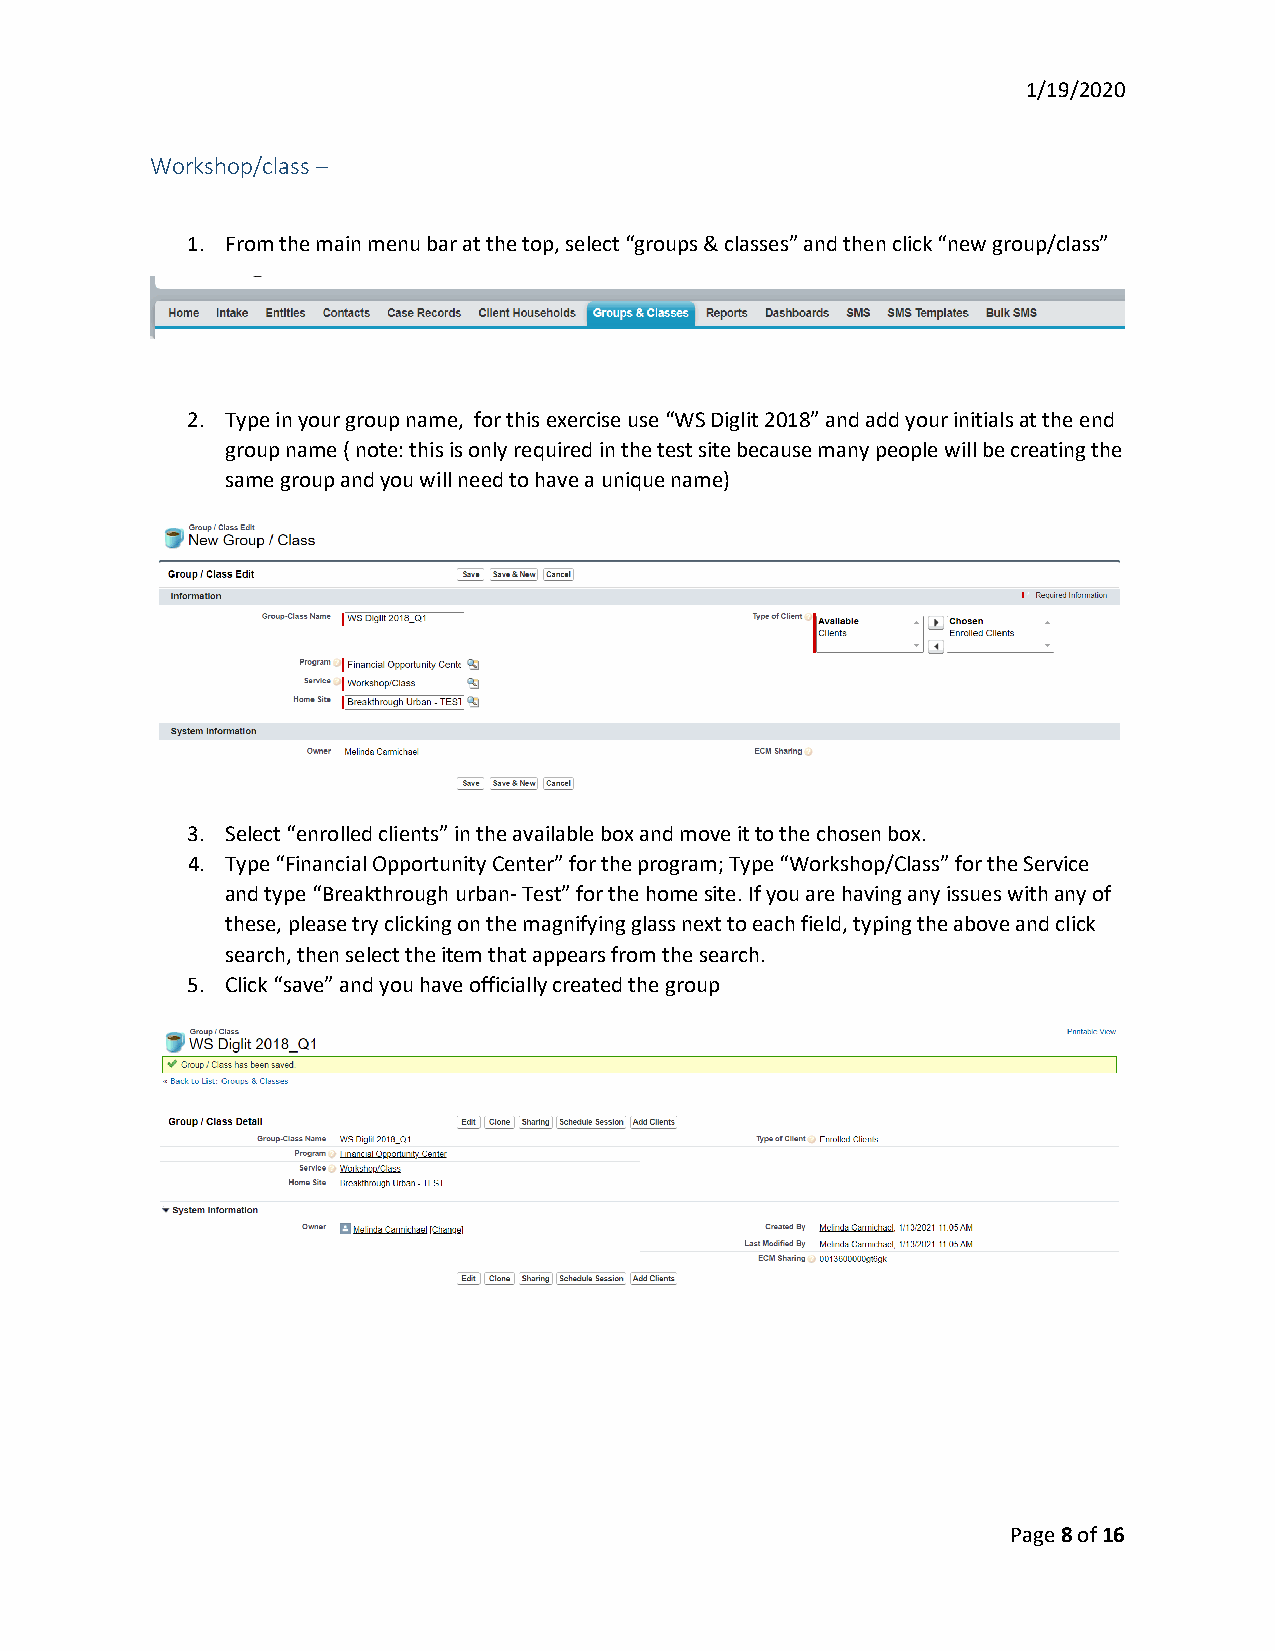
1/19/2020
 Workshop/class –
 1. From the main menu bar at the top, select “groups & classes” and then click “new group/class”
 2. Type in your group name, for this exercise use “WS Diglit 2018” and add your initials at the end
 group name ( note: this is only required in the test site because many people will be creating the
 same group and you will need to have a unique name)
 3. Select “enrolled clients” in the available box and move it to the chosen box.
 4. Type “Financial Opportunity Center” for the program; Type “Workshop/Class” for the Service
 and type “Breakthrough urban- Test” for the home site. If you are having any issues with any of
 these, please try clicking on the magnifying glass next to each field, typing the above and click
 search, then select the item that appears from the search.
 5. Click “save” and you have officially created the group
 Page 8 of 16